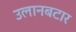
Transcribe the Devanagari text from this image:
उलानबटार